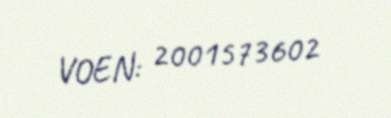
VOEN: 2001573602